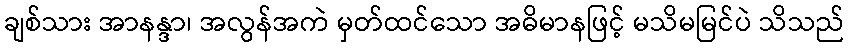
ချစ်သား အာနန္ဒာ၊ အလွန်အကဲ မှတ်ထင်သော အဓိမာနဖြင့် မသိမမြင်ပဲ သိသည်